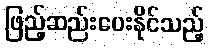
ဖြည့်ဆည်းပေးနိုင်သည့်